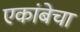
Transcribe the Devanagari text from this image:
एकांबेचा